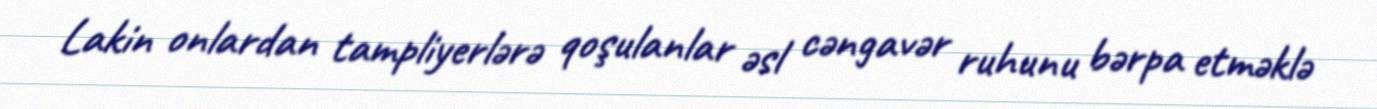
Lakin onlardan tampliyerlərə qoşulanlar əsl cəngavər ruhunu bərpa etməklə